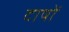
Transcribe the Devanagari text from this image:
दाषों